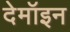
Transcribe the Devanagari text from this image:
देमॉइन